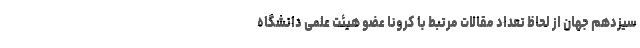
سیزدهم جهان از لحاظ تعداد مقالات مرتبط با کرونا عضو هیئت علمی دانشگاه